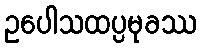
ဥပေါသထပ္ပမုခဿ